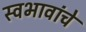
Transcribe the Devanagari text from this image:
स्वभावांचे